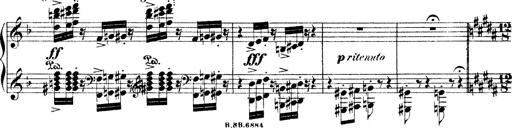
Title: Illustrations de l'opÃ©ra L'Africaine
Composer: Franz Liszt